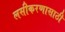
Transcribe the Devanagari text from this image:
लसीकरणासाठी